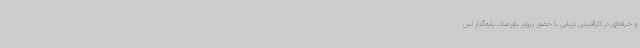
و حرفه‌ای در کارآفرینی دریایی با حضور پرویز باورصاد، پایه‌گذار اس